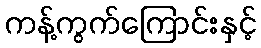
ကန့်ကွက်ကြောင်းနှင့်